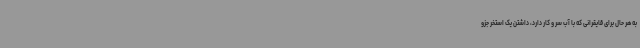
به هر حال برای قایقرانی که با آب سر و کار دارد، داشتن یک استخر جزو